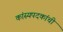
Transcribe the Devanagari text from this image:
कांस्यपदकांची